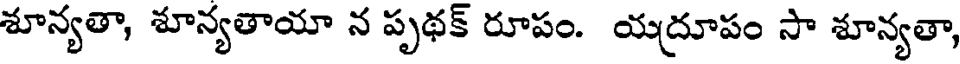
శూన్యతా, శూన్యతాయా న పృథక్ రూపం. యద్రూపం సా శూన్యతా,